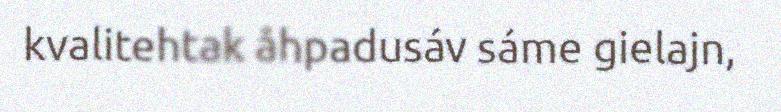
kvalitehtak åhpadusáv sáme gielajn,